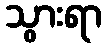
သွားရာ